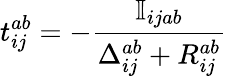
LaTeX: t_{ij}^{ab}=-\frac{\mathbb{I}_{ijab}}{\Delta_{ij}^{ab}+R_{ij}^{ab}}